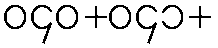
ဝ၄၀+ဝ၄၁+